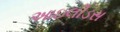
આઇલીડસ